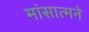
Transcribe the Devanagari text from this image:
मांसात्मने